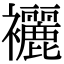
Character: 襹